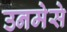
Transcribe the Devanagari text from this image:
उनमेसे